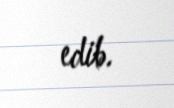
edib.